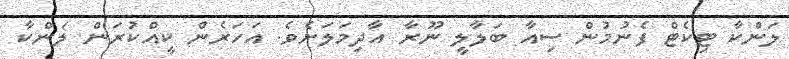
ލަންކާ ޓިކެޓް ފެނުމުން ސިއާ ބަލާލީ ނޫރާ އާދިމަލަށެވެ. އަހަރެން ކީއްކުރަން ލަންކާ